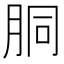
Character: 胴